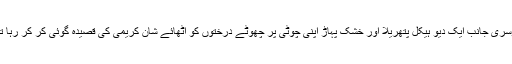
دوسری جانب ایک دیو ہیکل پتھریلا اور خشک پہاڑ اپنی چوٹی پر چھوٹے درختوں کو اٹھائے شان کریمی کی قصیدہ گوئی کر کر رہا تھا۔